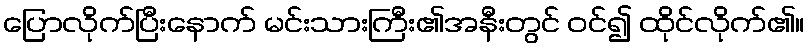
ပြောလိုက်ပြီးနောက် မင်းသားကြီး၏အနီးတွင် ဝင်၍ ထိုင်လိုက်၏။